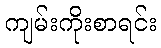
ကျမ်းကိုးစာရင်း